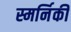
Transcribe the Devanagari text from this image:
स्मर्निकी